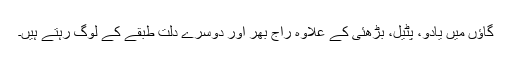
گاؤں میں یادو، پٹیل، بڑھئی کے علاوہ راج بھر اور دوسرے دلت طبقے کے لوگ رہتے ہیں۔